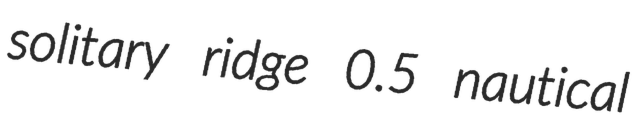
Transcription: solitary ridge 0.5 nautical